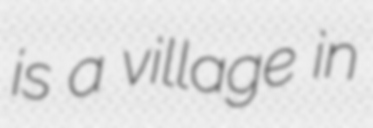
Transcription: is a village in